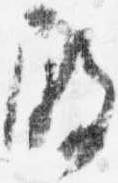
殿